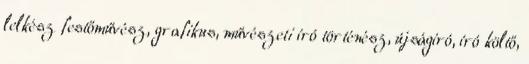
lelkész festőművész, grafikus, művészeti író történész, újságíró, író költő,